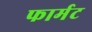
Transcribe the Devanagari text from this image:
फार्मट